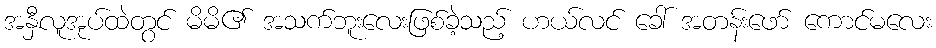
အနှီလူအုပ်ထဲတွင် မိမိ၏ အသက်ဘူးလေးဖြစ်ခဲ့သည့် ဟယ်လင် ခေါ် အတန်းဖော် ကောင်မလေး